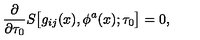
{ \frac { \partial } { \partial \tau _ { 0 } } } S \bigl [ g _ { i j } ( x ) , \phi ^ { a } ( x ) ; \tau _ { 0 } \bigr ] = 0 ,